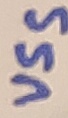
Text: VSS